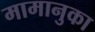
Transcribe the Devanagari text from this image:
मामानुका